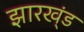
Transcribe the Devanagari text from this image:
झारख्ंड